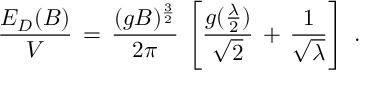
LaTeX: \frac { E _ { D } ( B ) } { V } \, = \, \frac { ( g B ) ^ { \frac { 3 } { 2 } } } { 2 \pi } \, \left[ \frac { g ( \frac { \lambda } { 2 } ) } { \sqrt { 2 } } \, + \, \frac { 1 } { \sqrt { \lambda } } \right] \; .